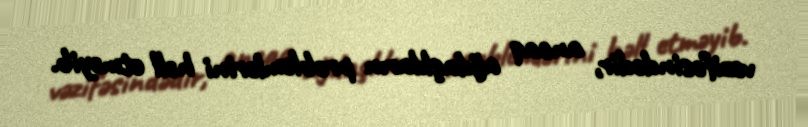
vəzifəsindədir, ancaq ağdaşlıların problemlərini həll etməyib.